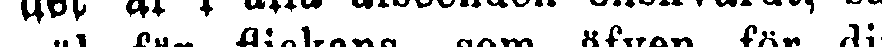
äl för flickans, som äfven för di